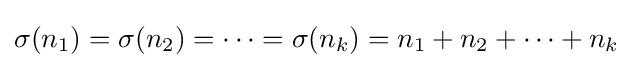
\sigma (n_{1})=\sigma (n_{2})=\dots =\sigma (n_{k})=n_{1}+n_{2}+\dots +n_{k}